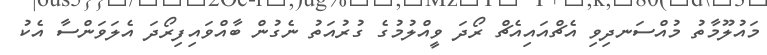
މައުލޫމާތު މުއްސަނދިވި އެޗްއައިއެޗް ރޯދަ ވީއްލުމުގެ ގުރުއަތު ނެގުން ބާއްވައިފިރޯދަ އެލަވަންސާ އެކު